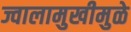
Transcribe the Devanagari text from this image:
ज्वालामुखीमुळे